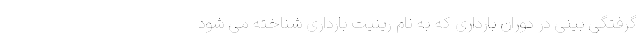
گرفتگی بینی در دوران بارداری که به نام رینیت بارداری شناخته می شود